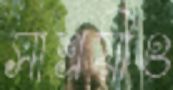
সাশ্রয়ীও